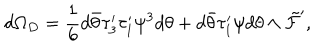
d \Omega _ { D } = \frac { 1 } { 6 } d \bar { \theta } \tau _ { 3 } ^ { \prime } \tau _ { 1 } ^ { \prime } \psi ^ { 3 } d \theta + d \bar { \theta } \tau _ { 1 } ^ { \prime } \psi d \theta \wedge \tilde { \cal F } ^ { \prime } ,